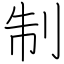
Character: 制